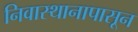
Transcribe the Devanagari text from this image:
निवास्थानापासून